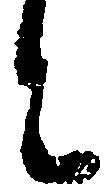
と